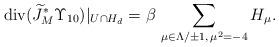
LaTeX: \begin{align*}{\rm div}(\widetilde{J}_{M}^{*}\Upsilon_{10})|_{U\cap H_{d}}=\beta\,\sum_{\mu\in\Lambda/\pm1,\,\mu^{2}=-4}H_{\mu}.\end{align*}